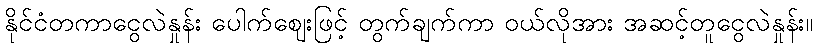
နိုင်ငံတကာငွေလဲနှုန်း ပေါက်ဈေးဖြင့် တွက်ချက်ကာ ဝယ်လိုအား အဆင့်တူငွေလဲနှုန်း။